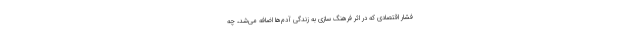
فشار اقتصادی که در اثر فرهنگ سازی به زندگی آدم‌ها اضافه می‌شد، چه